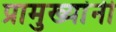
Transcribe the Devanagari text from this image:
प्रामुख्यांनी